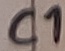
Text: C1